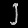
Digit: ၂